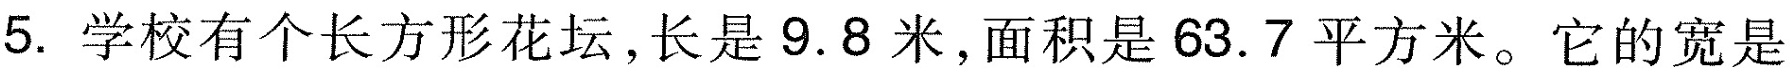
5.学校有个长方形花坛，长是9.8米，面积是63.7平方米。它的宽是